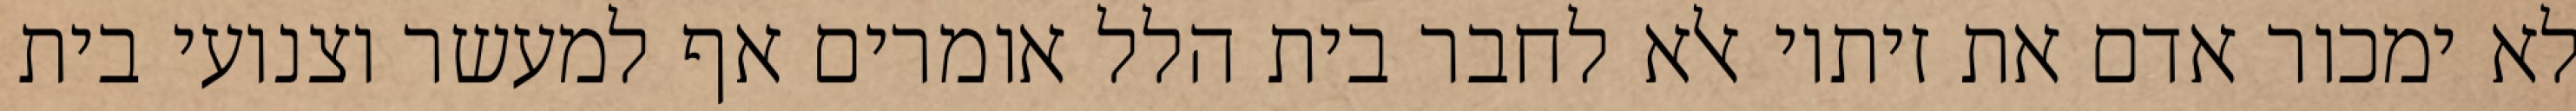
לא ימכור אדם את זיתיו אלא לחבר בית הלל אומרים אף למעשר וצנועי בית